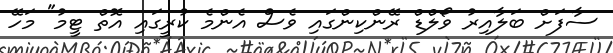
ސާފަށް ބަލާއިރު ވޯލްޑް ރޭންކިންގައި ވެސް އެންމެ ކުރީގައި އޮތް ޓީމު" މަހޭ